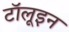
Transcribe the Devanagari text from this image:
टॉलूइन